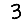
Digit: 3